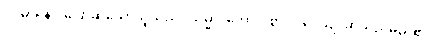
ဝဒမာနော၊ ပြောဆိုသောသူသည်။ သမ္မာ၊ ကောင်းစွာ။ ဝဒေယျ၊ ဆိုသည်မည်၏။